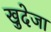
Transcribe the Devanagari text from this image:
खुदेजा